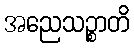
အညေသဉ္စာတိ